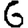
Digit: 6